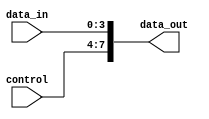
module VectorContinuousAssignment (
    input wire [3:0] data_in,      // 4-bit input data
    input wire [3:0] control,       // 4-bit control signal
    output wire [7:0] data_out      // 8-bit output data
);

// Continuous assignment to drive the data_out signal
// Here, data_out is driven by concatenating data_in and control signals
assign data_out = {control, data_in}; // Concatenation of control and data_in

endmodule